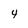
Character: 4